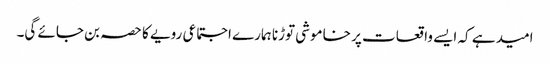
امید ہے کہ ایسے واقعات پر خاموشی توڑنا ہمارے اجتماعی رویے کا حصہ بن جائے گی۔